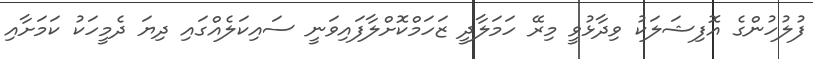
ފުލުހުންގެ އޮފިޝަލަކު ވިދާޅުވީ މިރޭ ހަމަލާދީ ޒަހަމްކޮށްލާފައިވަނީ ސައިކަލެއްގައި ދިޔަ ދެމީހަކު ކަމަށާއި